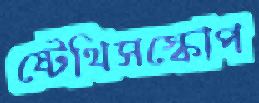
ষ্টেথিসস্কোপ